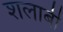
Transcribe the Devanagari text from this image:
शलाबी